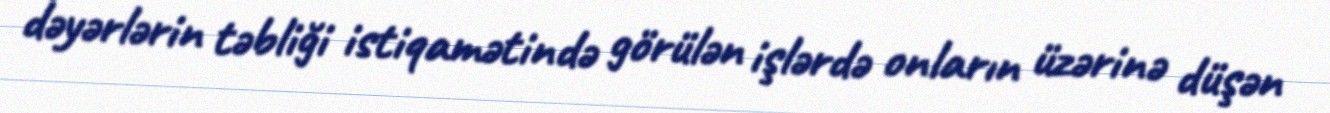
dəyərlərin təbliği istiqamətində görülən işlərdə onların üzərinə düşən